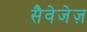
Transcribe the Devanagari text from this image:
सैवेजेज़